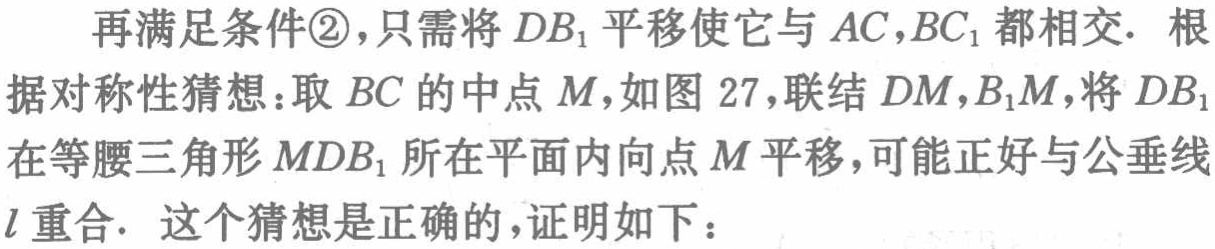
再满足条件\textcircled{2}，只需将\(DB_1\)平移使它与\(AC,BC_1\)都相交. 根据对称性猜想：取\(BC\)的中点\(M\)，如图 \(27\)，联结\(DM,B_1M\)，将\(DB_1\)在等腰三角形\(MDB_1\)所在平面内向点\(M\)平移，可能正好与公垂线\(l\)重合. 这个猜想是正确的，证明如下：